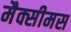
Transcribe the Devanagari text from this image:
मैक्सीमस